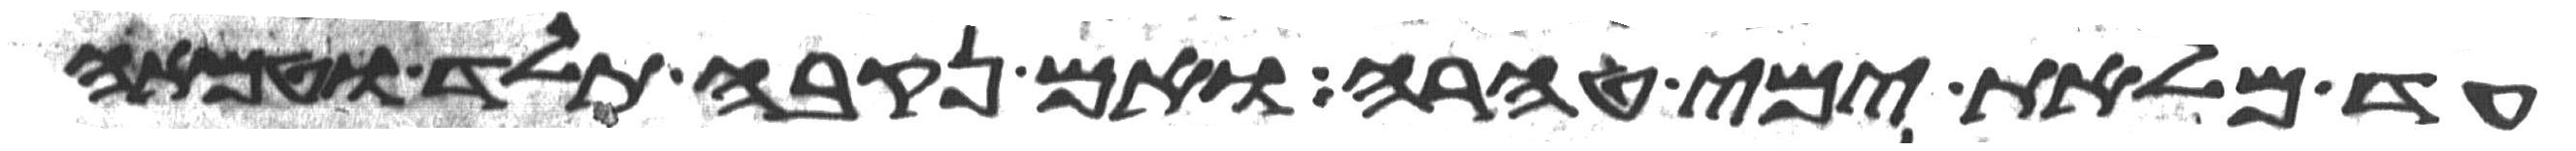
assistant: עד מלאת ימי טהרה ואם נקבה תלד וטמאה